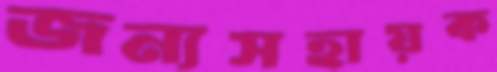
জন্যসহায়ক